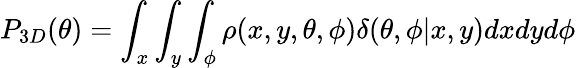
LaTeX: P_{3D}(\theta)=\int_{x}\int_{y}\int_{\phi}\rho(x,y,\theta,\phi)\delta(\theta,\phi|x,y)dxdyd\phi